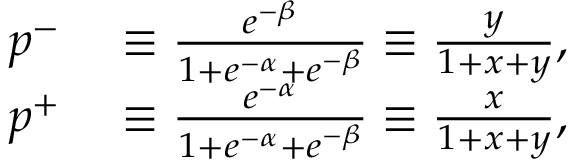
\begin{array} { r l } { p ^ { - } } & { { } \equiv \frac { e ^ { - \beta } } { 1 + e ^ { - \alpha } + e ^ { - \beta } } \equiv \frac { y } { 1 + x + y } , } \\ { p ^ { + } } & { { } \equiv \frac { e ^ { - \alpha } } { 1 + e ^ { - \alpha } + e ^ { - \beta } } \equiv \frac { x } { 1 + x + y } , } \end{array}